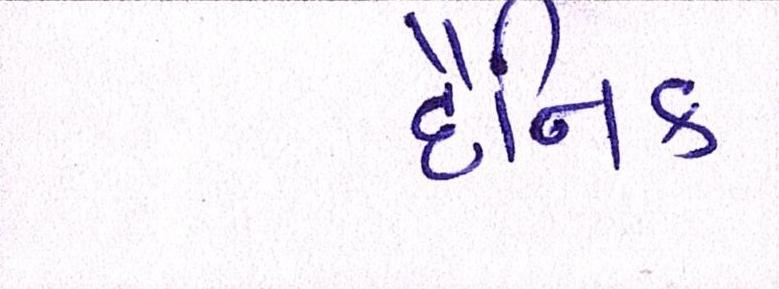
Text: દૈનિક